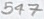
Text: 547